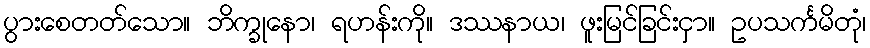
ပွားစေတတ်သော။ ဘိက္ခုနော၊ ရဟန်းကို။ ဒဿနာယ၊ ဖူးမြင်ခြင်းငှာ။ ဥပသင်္ကမိတုံ၊